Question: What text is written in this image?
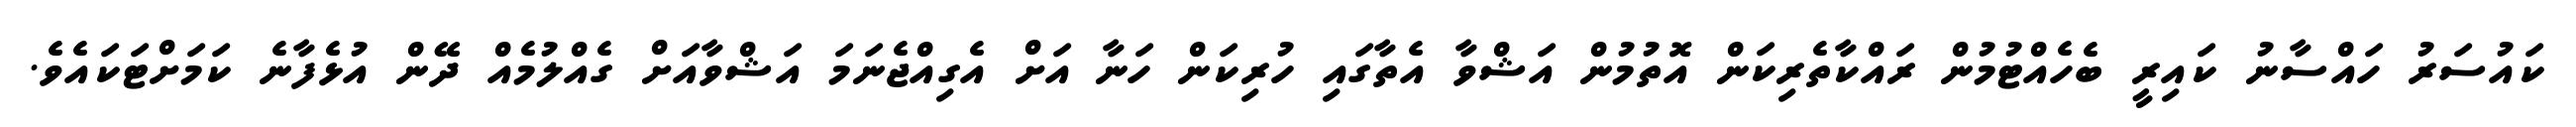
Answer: ކައުސަރު ހައްސާނު ކައިރީ ބެހެއްޓުމުން ރައްކާތެރިކަން އޮތުމުން އަޝްވާ އެތާގައި ހުރިކަން ހަނާ އަށް އެގިއްޖެނަމަ އަޝްވާއަށް ގެއްލުމެއް ދޭން އުޅެފާނެ ކަމަށްޓަކައެވެ.